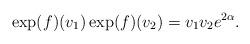
LaTeX: \begin{align*}\exp(f)(v_1) \exp (f) (v_2) = v_1 v_2 e^{2\alpha}.\end{align*}